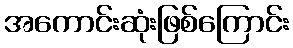
အကောင်းဆုံးဖြစ်ကြောင်း